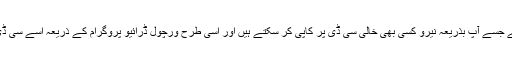
اسے وی سی ڈی فارمیٹ میں اپلوڈ کیا گیا ہے جسے آپ بذریعہ نیرو کسی بھی خالی سی ڈی پر کاپی کر سکتے ہیں اور اسی طرح ورچول ڈرائیو پروگرام کے ذریعہ اسے سی ڈی روم کے بغیر بھی استعمال کرسکتے ہیں ۔